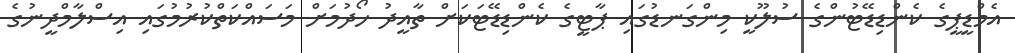
އެމްޑީޕީގެ ކެންޑިޑޭޓުންގެ ސުލޫކީ މިންގަނޑުގައި ޕާޓީގެ ކެންޑިޑޭޓަކަށް ތާއީދު ހޯދުމަށް މަސައްކަތްކުރުމުގައި އިސްލާމްދީނުގެ